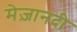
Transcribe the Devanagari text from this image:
मेज़ानदी